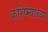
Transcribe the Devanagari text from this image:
करिष्म्याच्या